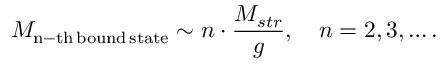
M _ { \mathrm { n - t h \, b o u n d \, s t a t e } } \sim n \cdot \frac { M _ { s t r } } { g } , \quad n = 2 , 3 , \ldots .